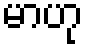
မာဟု